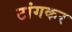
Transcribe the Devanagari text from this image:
टांगकर